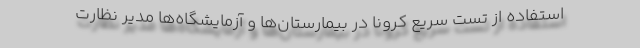
استفاده از تست سریع کرونا در بیمارستان‌ها و آزمایشگاه‌ها مدیر نظارت